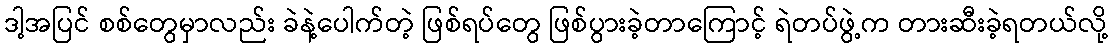
ဒါ့အပြင် စစ်တွေမှာလည်း ခဲနဲ့ပေါက်တဲ့ ဖြစ်ရပ်တွေ ဖြစ်ပွားခဲ့တာကြောင့် ရဲတပ်ဖွဲ့က တားဆီးခဲ့ရတယ်လို့